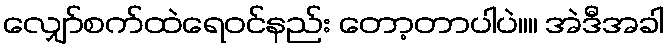
လျှော်စက်ထဲရေ၀င်နည်း တော့တာပါပဲ။။ အဲဒီအခါ